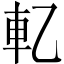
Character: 𰹈